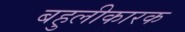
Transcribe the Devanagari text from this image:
बहुलीकारक